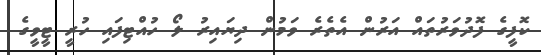
ކޮފީގެ ފޮދުވަރުތައް އަރުން އެތެރެ ވަމުން ދިޔައިރު ލޯ ހުއްޓިފައި ހުރީ ޓީވީގެ